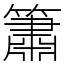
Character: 簫